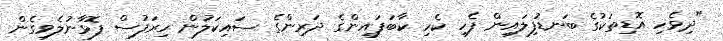
"ދިވެހި އޮޑިތަކުގެ ބަނޑުފިލައިން ފެހި ކެހި ކާބަފައިންގެ ދަރިންގެ ސައިކަލުން ހިރަފުސް ފޮޅާނުލެވިގެން